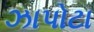
ઝાપોટા